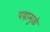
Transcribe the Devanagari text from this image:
पदामुळे